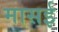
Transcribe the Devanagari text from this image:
मासई